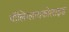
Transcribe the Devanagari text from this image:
पॉलिग्लायकोलाइड